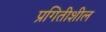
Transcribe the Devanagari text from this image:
प्रगितीशील